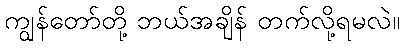
ကျွန်တော်တို့ ဘယ်အချိန် တက်လို့ရမလဲ။